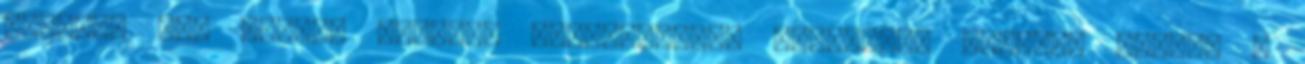
okozott VI. Károly császár havasalföldi hadjárata idején, amikor a